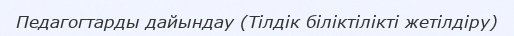
Педагогтарды дайындау (Тілдік біліктілікті жетілдіру)